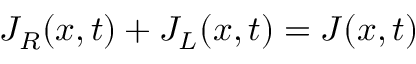
J _ { R } ( x , t ) + J _ { L } ( x , t ) = J ( x , t )